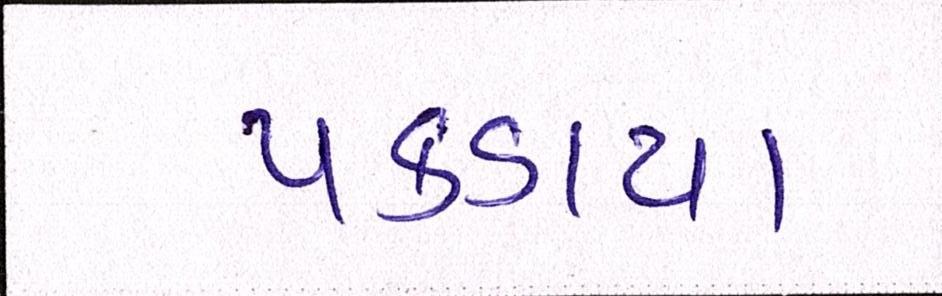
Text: પકડાયા